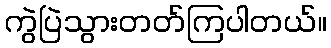
ကွဲပြဲသွားတတ်ကြပါတယ်။